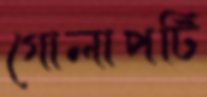
গোলাপটি